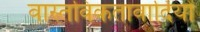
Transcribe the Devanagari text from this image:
वास्तविकतावादियों